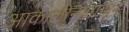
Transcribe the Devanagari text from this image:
आकालानापासून